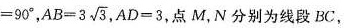
$$ = 9 0° $$， $$AB=3 \sqrt{3}$$ ，$$ A D = 3 $$，点M，N分别为线段BC，